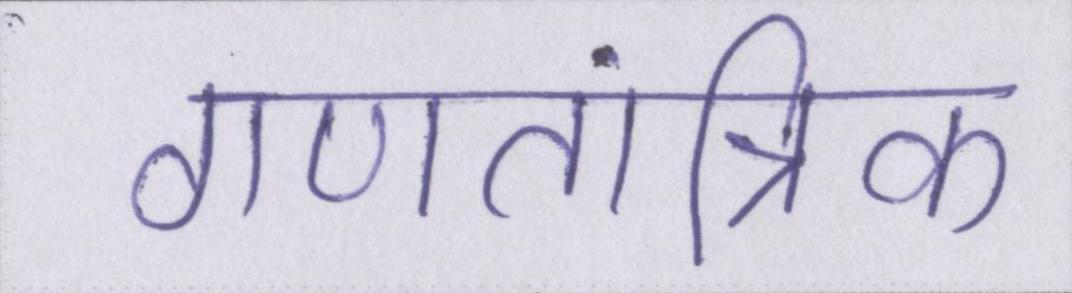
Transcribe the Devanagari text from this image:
गणतांत्रिक